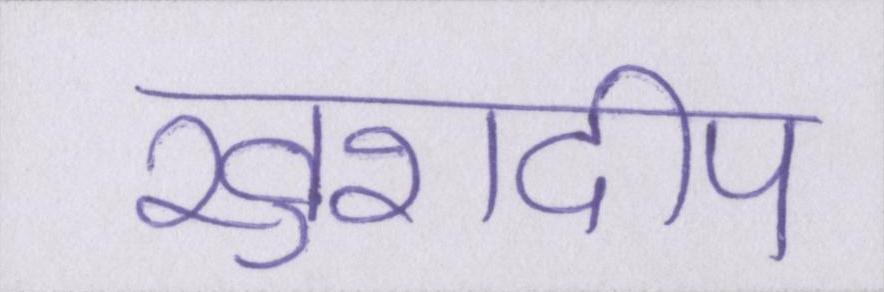
खुशदीप